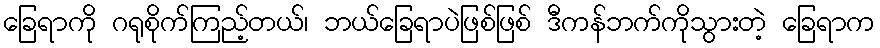
ခြေရာကို ဂရုစိုက်ကြည့်တယ်၊ ဘယ်ခြေရာပဲဖြစ်ဖြစ် ဒီကန်ဘက်ကိုသွားတဲ့ ခြေရာက